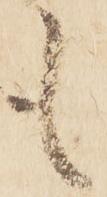
も